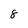
Character: 8